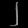
Digit: ၂